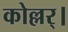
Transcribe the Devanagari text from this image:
कोल्लर्।